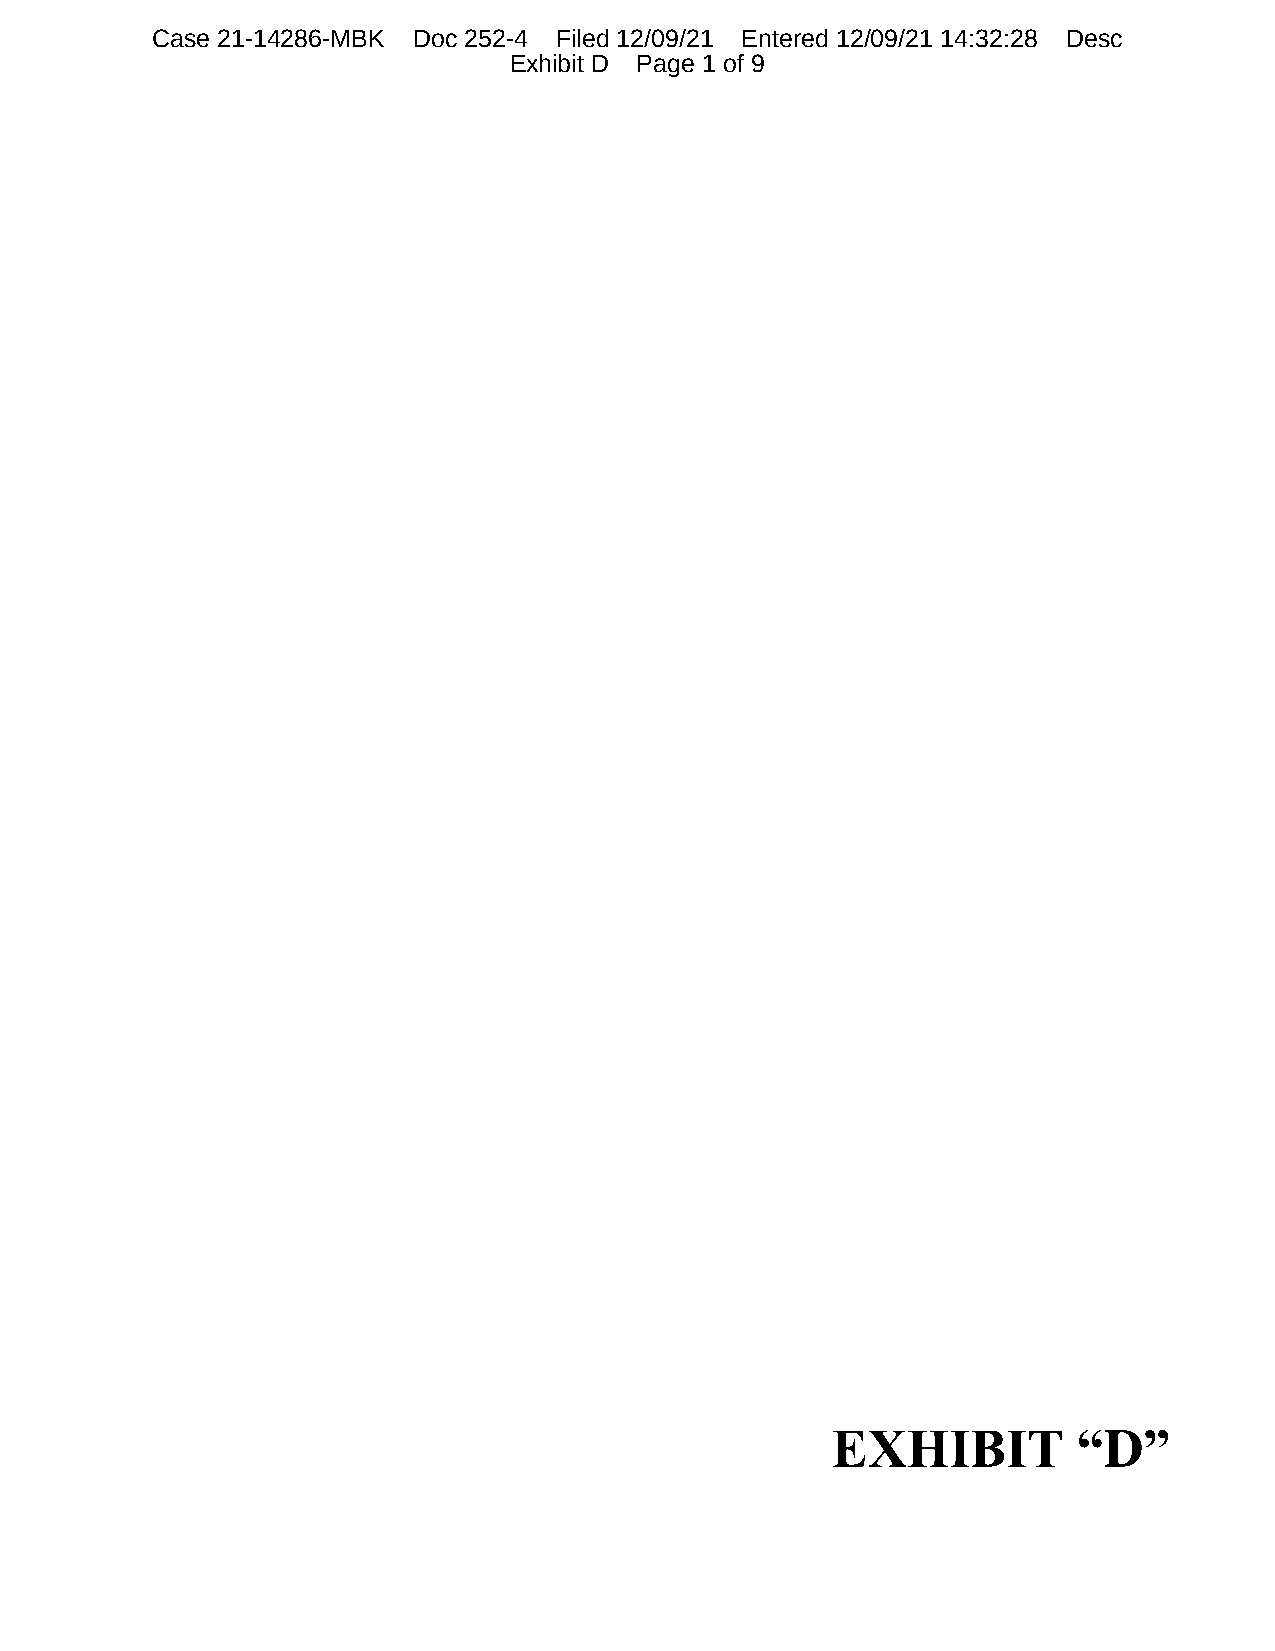
Case 21-14286-MBK Doc 252-4 Filed 12/09/21 Entered 12/09/21 14:32:28 Desc
 Exhibit D Page 1 of 9
 EXHIBIT         “D”